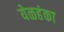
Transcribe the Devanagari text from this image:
येळहंका